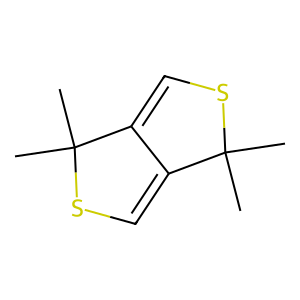
SMILES: CC1(C)SC=C2C1=CSC2(C)C
Inhibits HIV replication: No